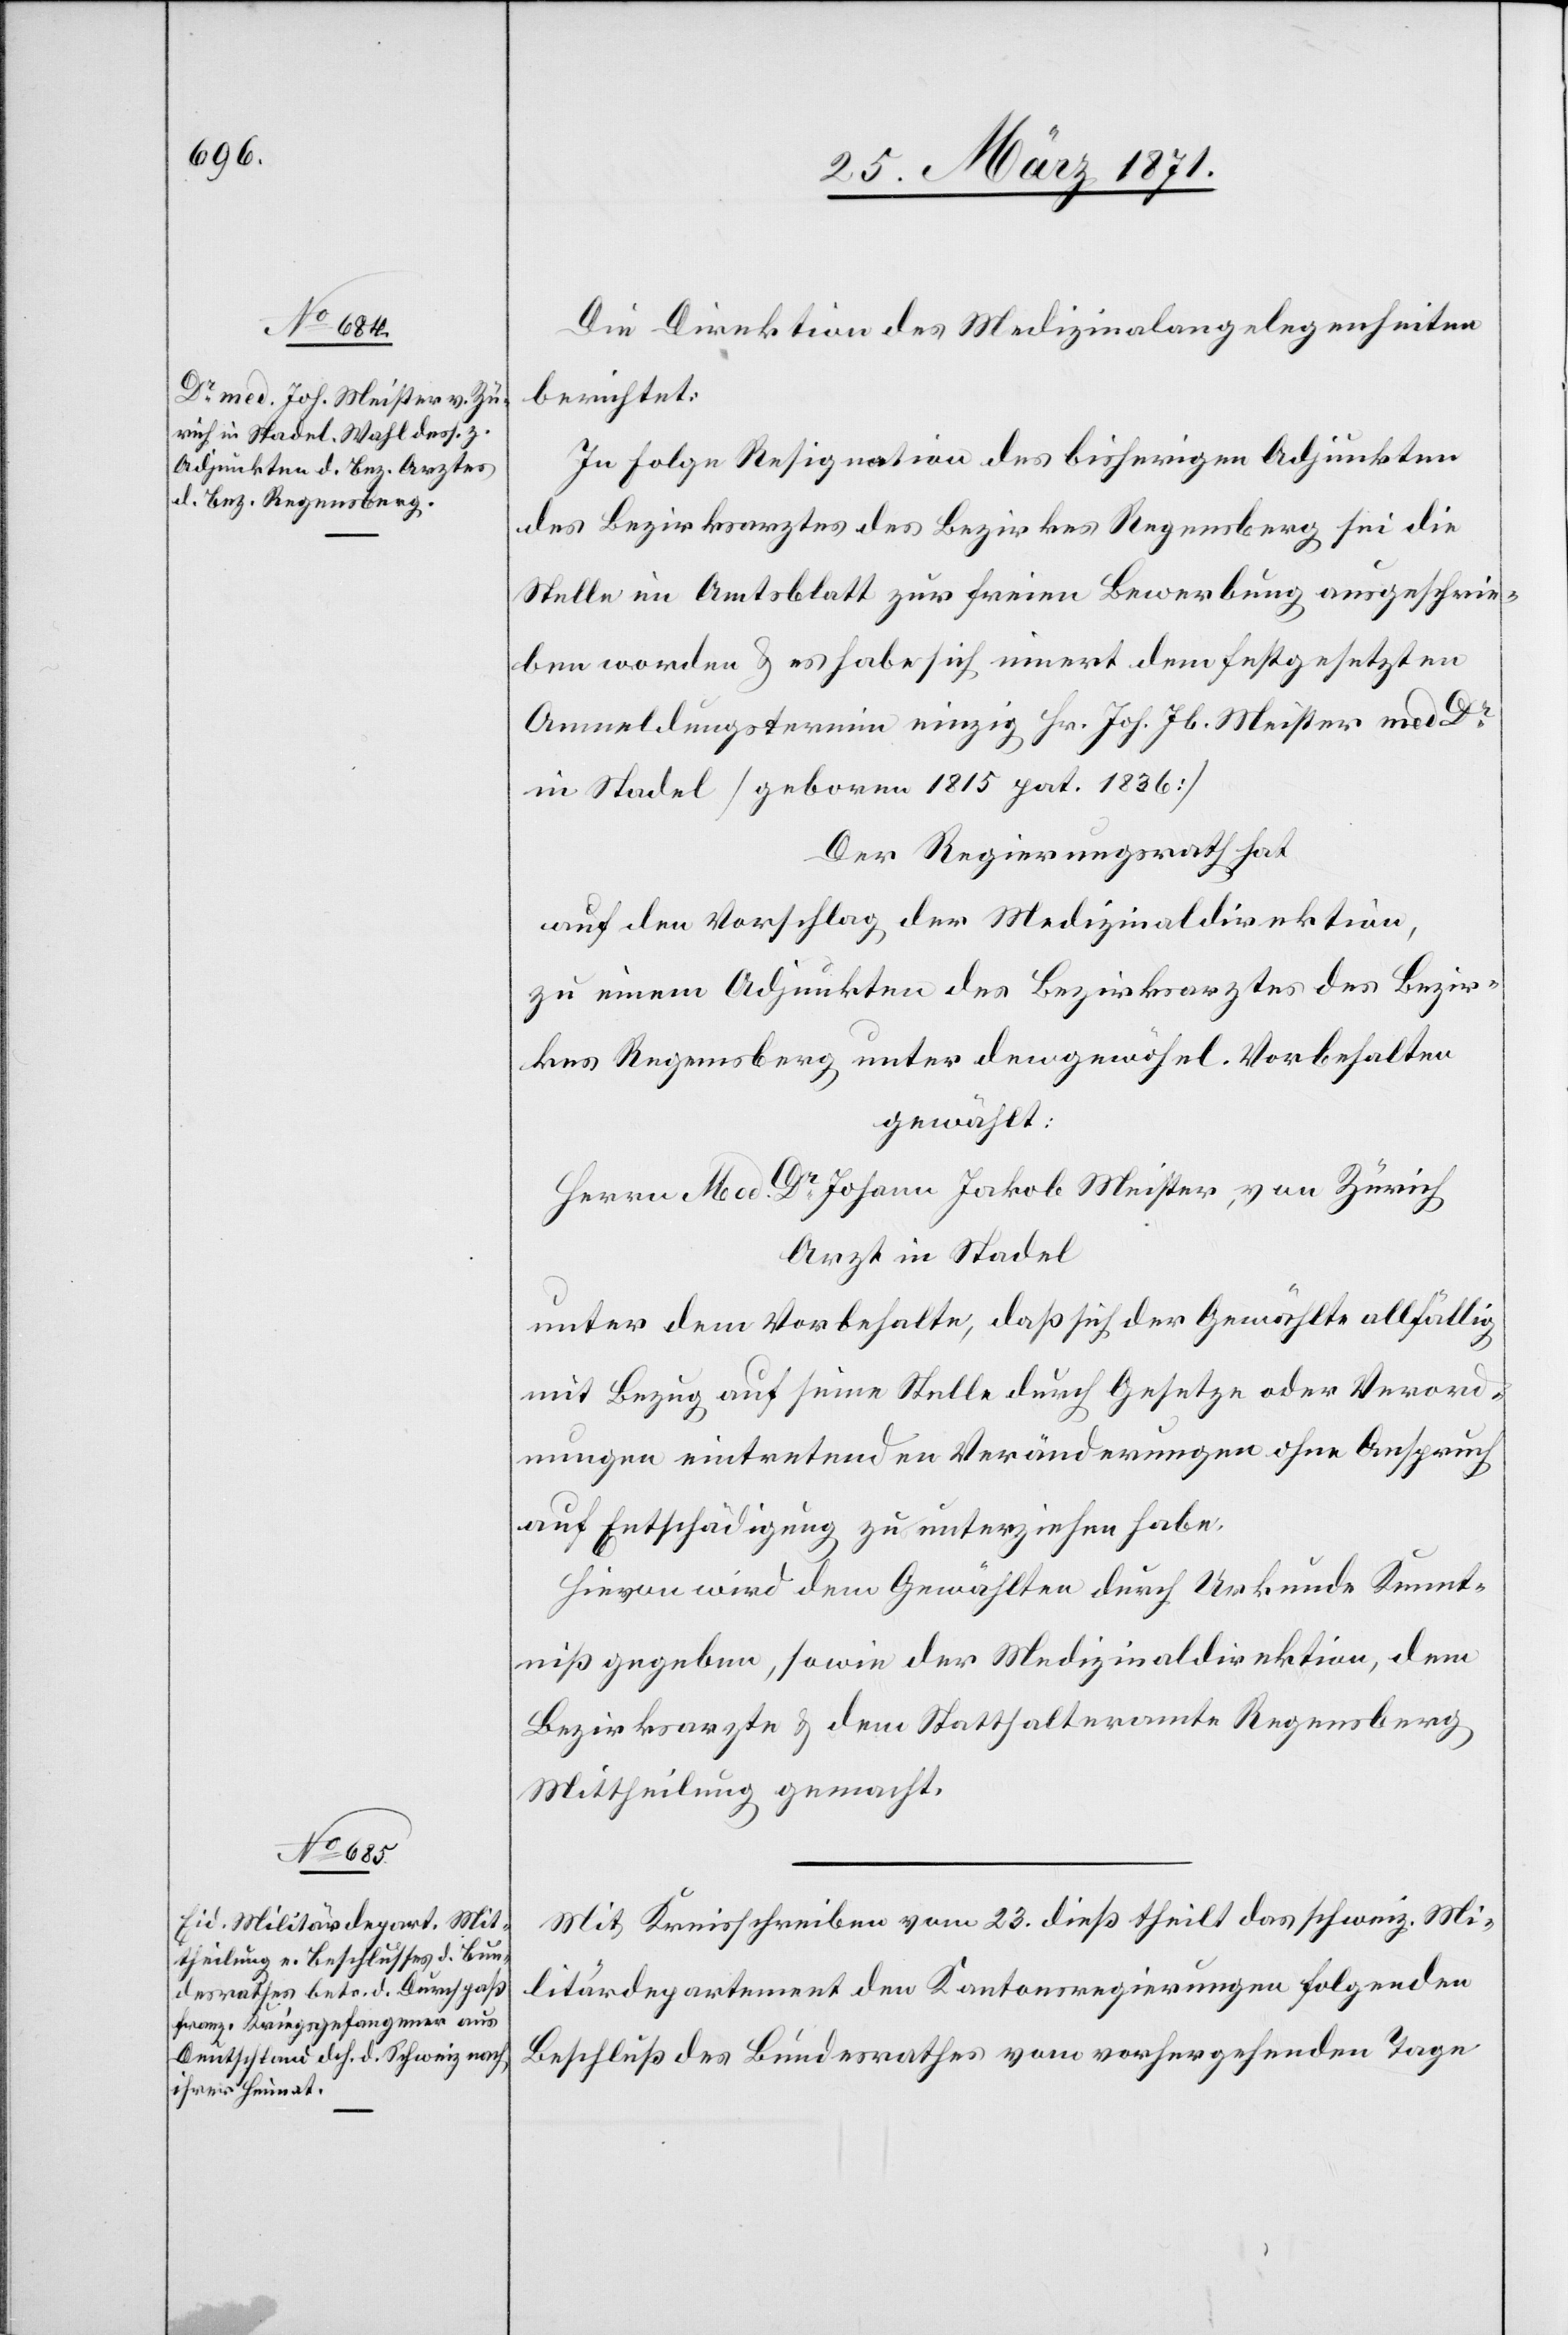
Die Direktion der Medizinalangelegenheiten
berichtet:
In Folge Resignation des bisherigen Adjunkten
des Bezirksarztes des Bezirkes Regensberg sei die
Stelle im Amtsblatt zur freien Bewerbung ausgeschrie¬
ben worden u. es habe sich innert dem festgesetzten
Anmeldungstermin einzig Hr. Joh. Jb. Meister med Dr.
in Stadel [geboren 1815 pat. 1836][.]
Der Regierungsrath hat
auf den Vorschlag der Medizinaldirektion,
zu einem Adjunkten des Bezirksarztes des Bezir¬
kes Regensberg unter den gewöhnl. Vorbehalten
gewählt:
Herrn Med. Dr. Johann Jakob Meister, von Zürich
Arzt in Stadel
unter dem Vorbehalte, daß sich der Gewählte allfällig
mit Bezug auf seine Stelle durch Gesetze oder Verord¬
nungen eintretenden Veränderungen ohne Anspruch
auf Entschädigung zu unterziehen habe.
Hievon wird dem Gewählten durch Urkunde Kennt¬
niß gegeben, sowie der Medizinaldirektion, dem
Bezirksarzte u. dem Statthalteramte Regensberg
Mittheilung gemacht.
Mit Kreisschreiben vom 23. dieß theilt das schweiz. Mi¬
litärdepartement den Kantonsregierungen folgenden
Beschluß des Bundesrathes vom vorhergehenden Tage